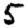
Digit: 5